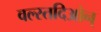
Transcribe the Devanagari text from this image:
वल्स्तदिओन्